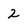
Character: 2